Mental hospitals Bombay report 1921-28 - 1921-1928
Year: 1921
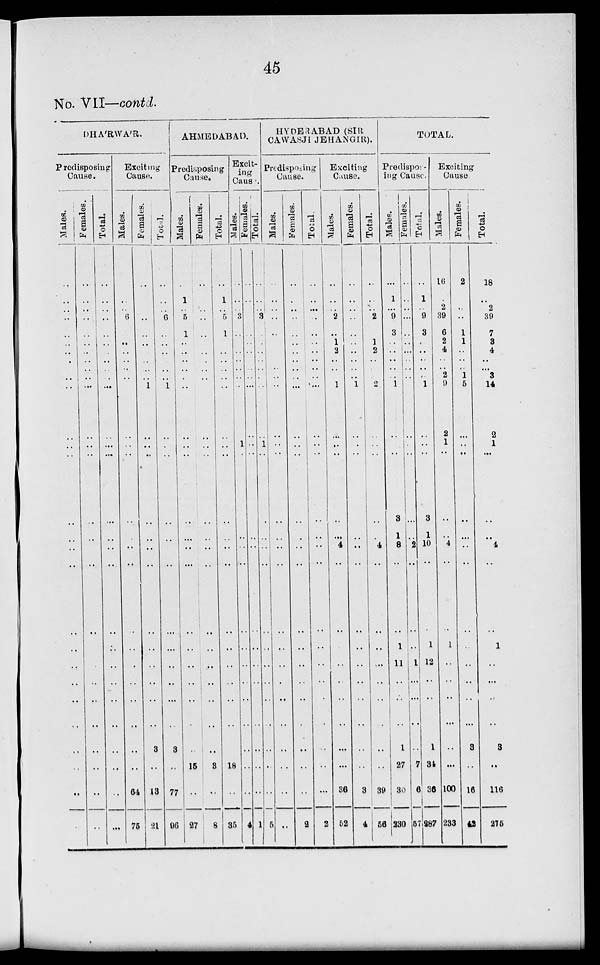
45
No. VII—contd.
DHA'RWA'R.
Predisposing
Cause.
Males.
..
..
..
..
..
..
..
..
..
..
..
..
..
..
..
..
..
..
..
..
..
..
..
..
..
..
..
..
Females.
..
..
..
..
..
..
..
..
..
..
..
..
..
..
..
..
..
..
..
..
..
..
..
..
..
..
..
..
Total.
..
..
..
..
..
..
..
..
..
..
..
..
..
..
..
..
..
..
..
..
..
..
..
..
..
..
..
..
Exciting
Cause.
Males.
..
..
..
6
..
..
..
..
..
..
..
..
..
..
..
..
..
..
..
..
..
..
..
..
..
..
64
76
Females.
..
..
..
..
..
..
..
..
..
..
1
..
..
..
..
..
..
..
..
..
..
..
..
..
3
..
13
21
Total.
..
..
..
6
..
..
..
..
..
..
1
..
..
..
..
..
..
..
..
..
..
..
..
..
3
..
77
96
AHMEDABAD.
Predisposing
Cause.
Males.
..
1
..
5
1
..
..
..
..
..
..
..
..
..
..
..
..
..
..
..
..
..
..
..
..
15
..
27
Females.
..
..
..
..
..
..
..
..
..
..
..
..
..
..
..
..
..
..
..
..
..
..
..
..
..
3
..
8
Total.
..
1
..
5
1
..
..
..
..
..
..
..
..
..
..
..
..
..
..
..
..
..
..
..
..
18
..
35
Excit-
ing
Cause.
Males.
..
..
..
3
..
..
..
..
..
..
..
..
1
..
..
..
..
..
..
..
..
..
..
..
..
..
..
4
Females.
..
..
..
..
..
..
..
..
..
..
..
..
..
..
..
..
..
..
..
..
..
..
..
..
..
..
..
1
Total.
..
..
..
3
..
..
..
..
..
..
..
..
1
..
..
..
..
..
..
..
..
..
..
..
..
..
..
5
HYDERABAD (SIR
CAWASJI JEHANGIR).
Predisposing
Cause.
Males.
..
..
..
..
..
..
..
..
..
..
..
..
..
..
..
..
..
..
..
..
..
..
..
..
..
..
..
..
Females.
..
..
..
..
..
..
..
..
..
..
..
..
..
..
..
..
..
..
..
..
..
..
..
..
..
..
..
2
Total.
..
..
..
..
..
..
..
..
..
..
..
..
..
..
..
..
..
..
..
..
..
..
..
..
..
..
..
2
Exciting
Cause.
Males.
..
..
..
2
..
1
2
..
..
..
1
..
..
..
..
..
4
..
..
..
..
..
..
..
..
..
36
52
Females.
..
..
..
..
..
..
..
..
..
..
1
..
..
..
..
..
..
..
..
..
..
..
..
..
..
..
3
4
Total.
..
..
..
2
..
1
2
..
..
..
2
..
..
..
..
..
4
..
..
..
..
..
..
..
..
..
39
56
TOTAL.
Predispos-
ing Cause.
Males.
..
1
..
9
3
..
..
..
..
..
1
..
..
..
3
1
8
..
..
1
11
..
..
..
1
27
30
230
Females.
..
..
..
...
..
..
..
..
..
..
..
..
..
..
..
..
2
..
..
..
1
..
..
..
..
7
6
57
Total.
..
1
..
9
3
..
..
..
..
..
1
..
..
..
3
1
10
..
..
1
12
..
..
..
1
34
36
287
Exciting
Cause
Males.
16
..
2
39
6
2
4
..
..
2
9
2
1
..
..
..
4
..
..
1
..
..
..
..
..
..
100
233
Females.
2
..
..
..
1
1
..
..
..
1
5
..
..
..
..
..
..
..
..
..
..
..
..
..
3
..
16
42
Total.
18
..
2
39
7
3
4
..
..
3
14
2
1
..
..
..
4
..
..
1
..
..
..
..
3
..
116
275